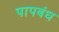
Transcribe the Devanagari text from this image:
पापबंध